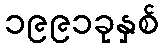
၁၉၉၁ခုနှစ်